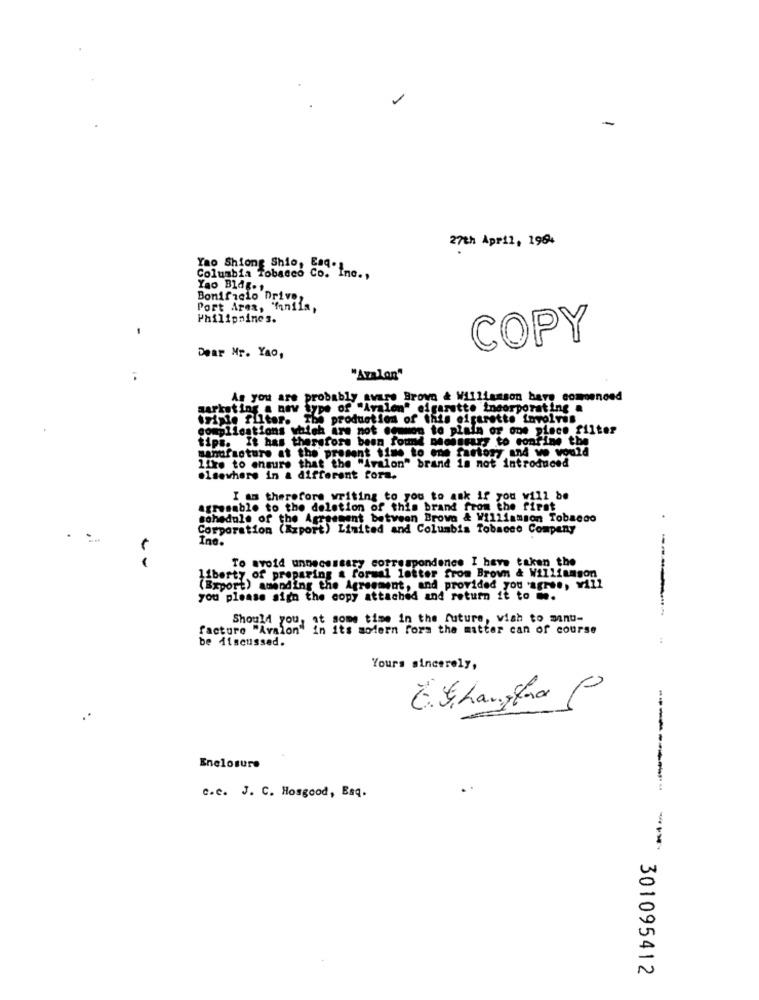
-
27th April, 1964
Yao Shiong Shio, Esq.
Columbia Tobacco Co. Inc .,
Yao Bldg.t
Bonifacio Driver
Port Area, 'faniis,
Philippines.
-
COPY
Dear Mr. Yao,
"Azalan"
As you are probably aware Brown & Williamson bare commenced
aarket ing a nov
po of "Avalon" cigarette incorporating a
trixie filter. The production of this cigarette involves
a Are not common to plain or one piece filter
tips. It has therefore been found niessmary to confine the
manufacture at the present time to ene fartory and we would
like to ensure that the "Aralon" brand is not introduced
elsewhere in a different fora.
I am therefore writing to you to ask if you will be
agresable to the deletion of this brand from the first
schedule of the Agreement between Brown & Williamson Tobacco
Corporation (Xxport) Limited and Columbia Tobacco Company
.
Ino.
To avoid unnecessary correspondence I have taken the
liberty of preparing a formal letter from Brown & Williamson
(Export) amending the Agreement, and provided you agree, will
you please sign the copy attached and return it to me.
Should you, at some time in the future, wish to minu-
facture "Avalon" in its modern fora the matter can of course
be discussed.
Yours sincerely,
0
E.S. hanghna
Enclosure
-------
c.c. J. C. Hosgood, Esq.
-
301095412